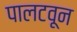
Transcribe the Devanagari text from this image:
पालटवून